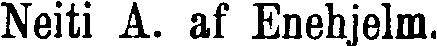
Neiti A. af Enehjelm.